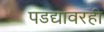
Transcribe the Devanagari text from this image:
पडद्यावरही